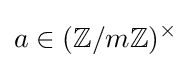
a\in (\mathbb {Z} /m\mathbb {Z} )^{\times }